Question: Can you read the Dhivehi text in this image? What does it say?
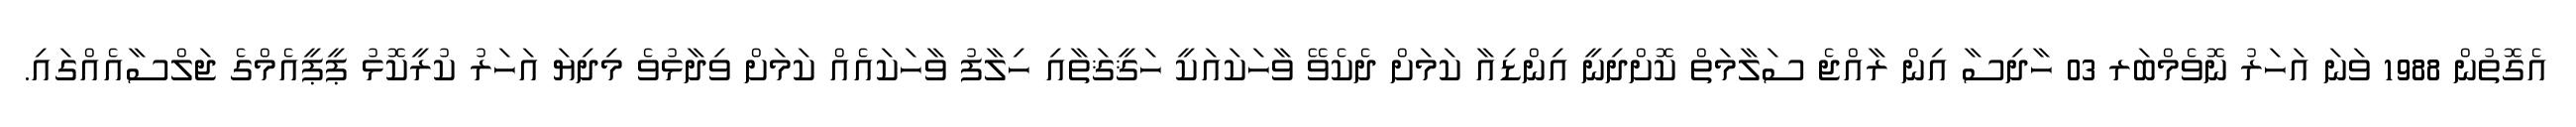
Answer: އެގޮތުން 1988 ވަނަ އަހަރު ނޮވެމްބަރ 03 ހާދިސާ އިން ރާއްޖެ ސަލާމަތް ކޮށްދިނީ އިންޑިއާ ކަމަށް ދެކެވޭ ވާހަކައަކީ ހަޤީޤަތާއި ހިލާފު ވާހަކައެއް ކަމަށް ވިދާޅުވެ މިދިޔަ އަހަރު ކުރީކޮޅު ޕީޕީއެމްގެ ޖަލްސާއެއްގައި.